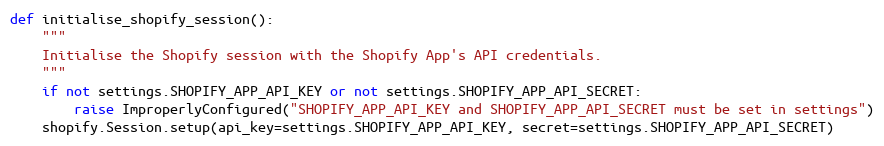
Language: Python
def initialise_shopify_session():
    """
    Initialise the Shopify session with the Shopify App's API credentials.
    """
    if not settings.SHOPIFY_APP_API_KEY or not settings.SHOPIFY_APP_API_SECRET:
        raise ImproperlyConfigured("SHOPIFY_APP_API_KEY and SHOPIFY_APP_API_SECRET must be set in settings")
    shopify.Session.setup(api_key=settings.SHOPIFY_APP_API_KEY, secret=settings.SHOPIFY_APP_API_SECRET)